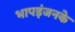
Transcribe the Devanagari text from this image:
भापइंजनके